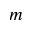
m